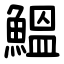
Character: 鰮